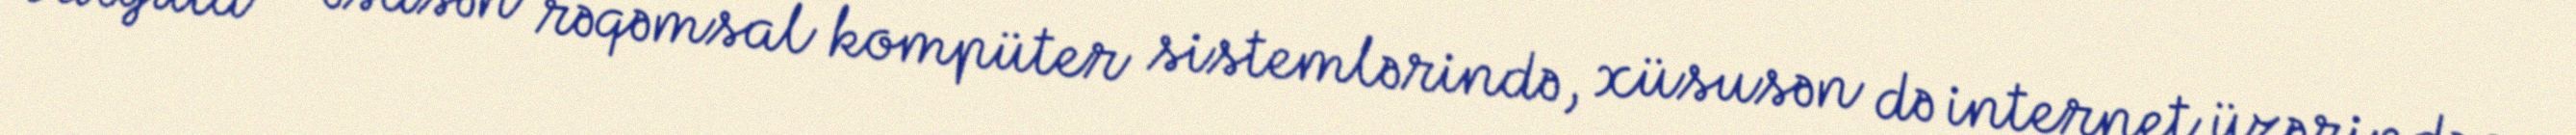
valyuta — əsasən rəqəmsal kompüter sistemlərində, xüsusən də internet üzərindən